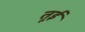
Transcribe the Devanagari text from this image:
तूई